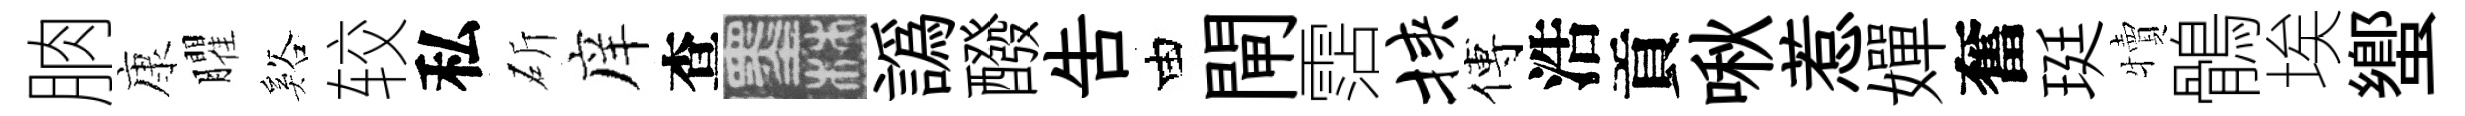
朒康臞谿较私斫庠查墨譌醱吿由閘霑挟傅浩貢啾惹嬋奮珽犢鶻埃蠁